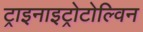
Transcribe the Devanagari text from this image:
ट्राइनाइट्रोटोल्विन